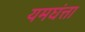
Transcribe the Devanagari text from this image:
यमघंत्ता